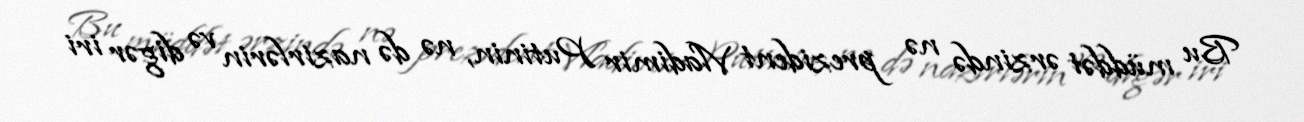
Bu müddət ərzində nə prezident Vladimir Putinin, nə də nazirlərin və digər iri